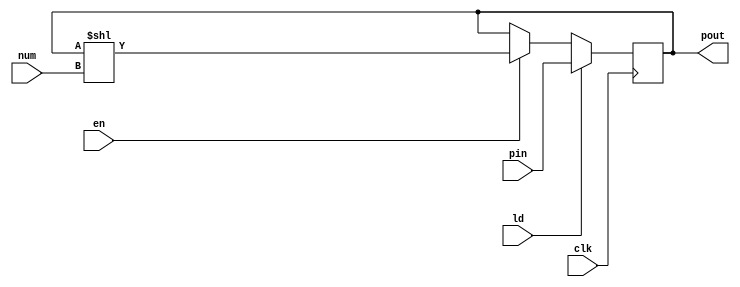
module shift_register (clk,pin,num,ld,en,pout);
    
    parameter N = 8;
    input clk;
    input ld;
    input en;
    input [N-1:0]pin;
    input [1:0]num;
    output reg [N-1:0]pout;

    always @(posedge clk) begin
        if(ld) pout <= pin;
        else if(en) pout <= (pout << num);
		else pout <= pout;
    end

endmodule